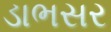
ડાભસર